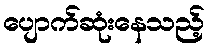
ပျောက်ဆုံးနေသည့်